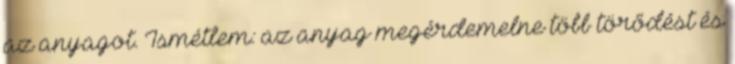
az anyagot. Ismétlem: az anyag megérdemelne több törődést és